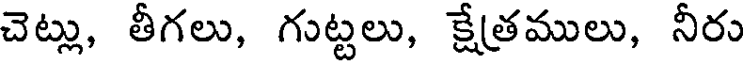
చెట్లు, తీగలు, గుట్టలు, క్షేత్రములు, నీరు